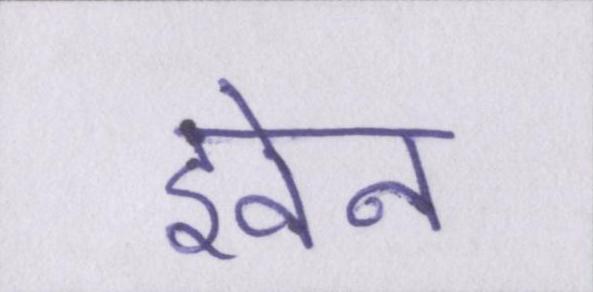
इवेन